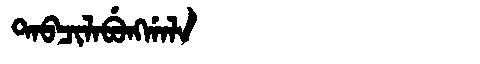
Manchu: ᡨᠠᠪᠴᡳᠯᠠᠪᡠᠩᡤᠠᠯᠠ
Romanization: TABCILABUNGGALA